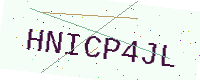
Text: HNICP4JL